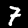
Label: 7